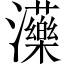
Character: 𤄶